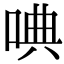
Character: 唺